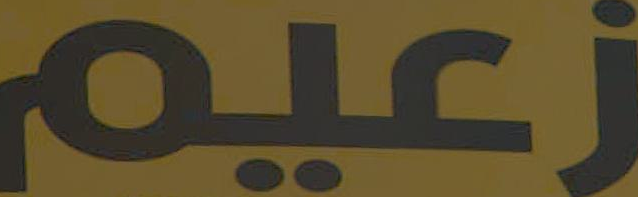
زعيم